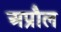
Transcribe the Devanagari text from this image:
अप्रौल